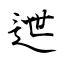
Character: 迣